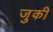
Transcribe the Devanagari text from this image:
जुकी